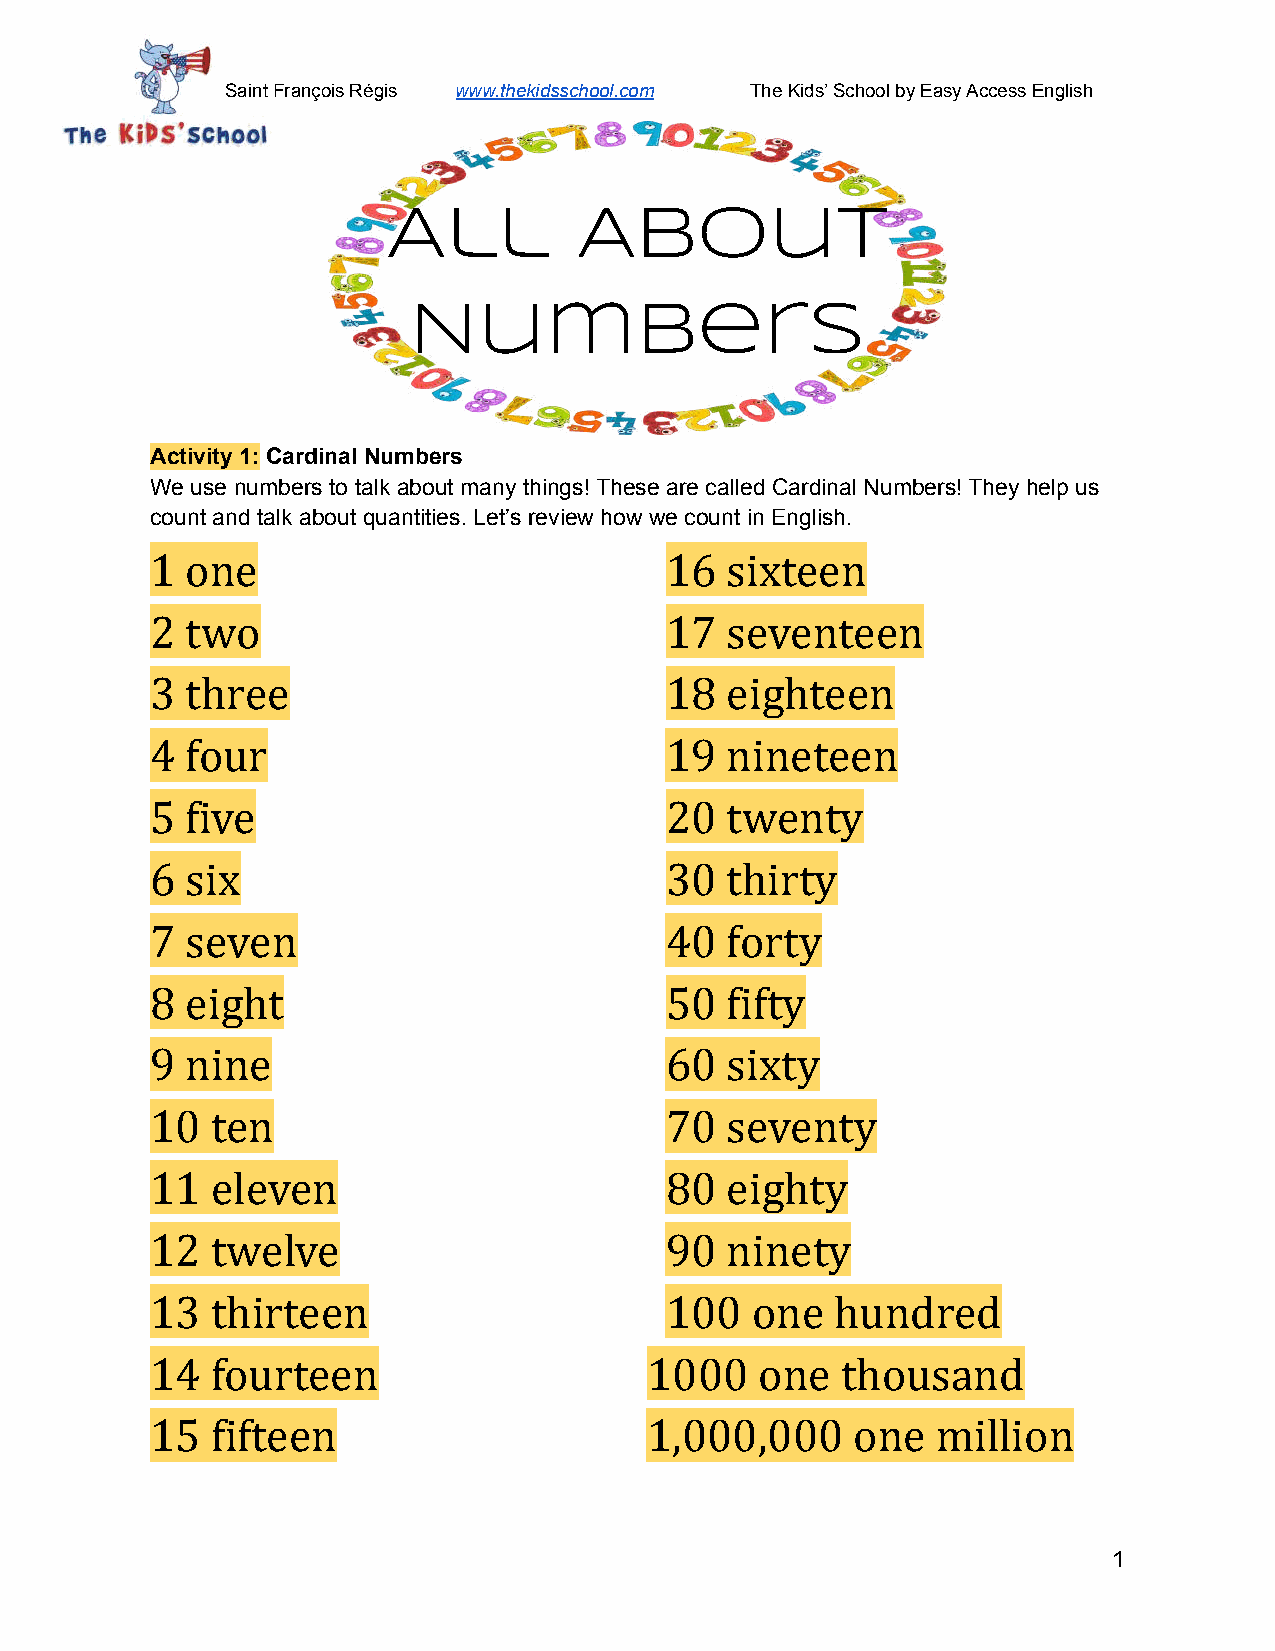
Saint François Régis www.thekidsschool.com TheKids’ School by Easy Access English
 All         About
 Numbers
 Activity 1: Cardinal Numbers
 We use numbers to talk about many things! These are called Cardinal Numbers! They help us
 count and talk about quantities. Let’s review how we count in English.
 1 one                             16  sixteen
 2 two                             17  seventeen
 3 three                           18  eighteen
 4 four                            19  nineteen
 5 five                            20  twenty
 6 six                             30  thirty
 7 seven                           40  forty
 8 eight                           50  fifty
 9 nine                            60  sixty
 10  ten                           70  seventy
 11  eleven                        80  eighty
 12  twelve                        90  ninety
 13  thirteen                      100   one  hundred
 14  fourteen                     1000   one   thousand
 15  fifteen                      1,000,000    one   million
 1